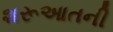
શરૂઆતની